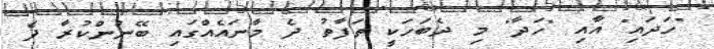
"ހަދައި" އާއި "ހަދާ" މި ދެބަހަކީ ތަފާތު ދެ މާނައެއްގައި ބޭނުންކުރާ ދެ